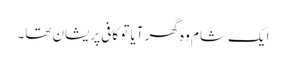
ایک شام وہ گھر آیا تو کافی پریشان تھا۔